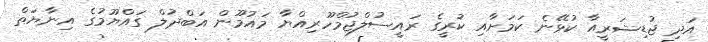
އަދި ޖުޑިޝަރީއާ ކުޅޭނެ ކަމަށާއި ކުރީގެ ރައީސުލްޖުމްހޫރިއްޔާ މައުމޫން އަބްދުލް ގައްޔޫމުގެ އިނާޔަތް